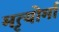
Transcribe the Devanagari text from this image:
मृत्योर्मा